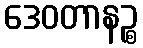
ဒေဝတာနဉ္စ